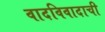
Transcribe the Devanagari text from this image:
वादविवादाची